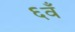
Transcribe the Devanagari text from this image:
६वँ